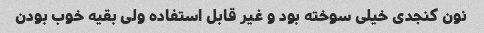
نون کنجدی خیلی سوخته بود و غیر قابل استفاده ولی بقیه خوب بودن